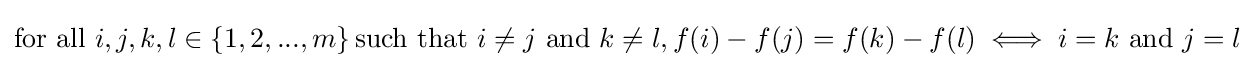
{\text{for all }}i,j,k,l\in \left\{1,2,...,m\right\}{\text{such that }}i\neq j{\text{ and }}k\neq l,f(i)-f(j)=f(k)-f(l)\iff i=k{\text{ and }}j=l